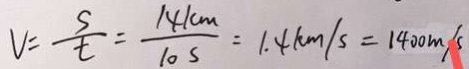
V = \frac { s } { t } = \frac { 1 4 k m } { 1 0 s } = 1 . 4 k m / s = 1 4 0 0 m / s